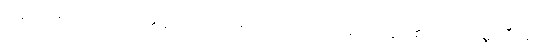
အထောက်အပံ့ အသက်၏အရံအတားဖြစ်သော ဆေးဖြင့် ရောင့်ရဲခြင်း၏လည်း။ ဝဏ္ဏဝါဒီနော၊